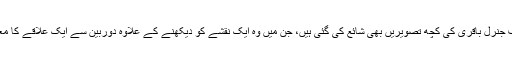
ساتھ ہی ایرانی چیف آف ملٹری سٹاف جنرل باقری کی کچھ تصویریں بھی شائع کی گئی ہیں، جن میں وہ ایک نقشے کو دیکھنے کے علاوہ دوربین سے ایک علاقے کا معائنہ کرتے ہوئے بھی نظر آتے ہیں۔